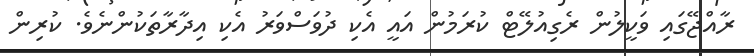
ރާއްޖޭގައި ވަކީލުން ރެގިއުލޭޓް ކުރަމުން އައީ އެކި ދުވަސްވަރު އެކި އިދާރާތަކުންނެވެ. ކުރިން